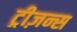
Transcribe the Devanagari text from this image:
ट्रीज़न्स